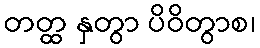
တတ္ထ နှတွာ ပိဝိတွာစ၊